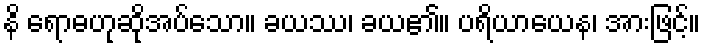
နိ ရောဓဟုဆိုအပ်သော။ ခယဿ၊ ခယ၏။ ပရိယာယေန၊ အားဖြင့်။